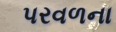
પરવળના